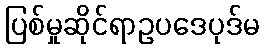
ပြစ်မှုဆိုင်ရာဥပဒေပုဒ်မ